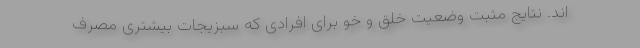
اند. نتایج مثبت وضعیت خلق و خو برای افرادی که سبزیجات بیشتری مصرف